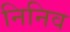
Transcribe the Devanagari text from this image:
निनिव